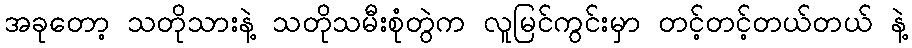
အခုတော့ သတိုသားနဲ့ သတိုသမီးစုံတွဲက လူမြင်ကွင်းမှာ တင့်တင့်တယ်တယ် နဲ့